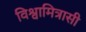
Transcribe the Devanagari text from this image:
विश्वामित्रासी